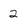
Character: 2